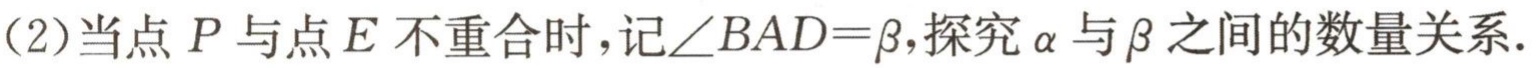
(2)当点 \(P\) 与点 \(E\) 不重合时，记\(\angle BAD = \beta\)，探究\(\alpha\)与\(\beta\)之间的数量关系.